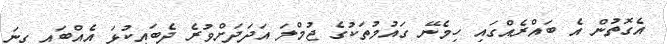
އެގޮތުން އެ ބައްރެއްގައި ހިމެނޭ ގައުމުތަކުގެ ޖުމްލަ އަދަދަށްވުރެ ދެބައިކުޅަ އެއްބައި ގިނަ